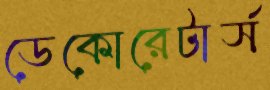
ডেকোরেটার্স